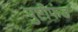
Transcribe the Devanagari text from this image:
पुष्टीफंड